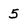
Character: 5